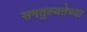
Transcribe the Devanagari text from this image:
समतुल्यतेच्या